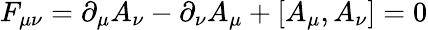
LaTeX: F_{\mu\nu}=\partial_{\mu}A_{\nu}-\partial_{\nu}A_{\mu}+[A_{\mu},A_{\nu}]=0